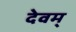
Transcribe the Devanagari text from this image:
देवम्